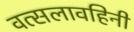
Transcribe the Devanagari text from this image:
वत्सलावहिनी